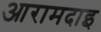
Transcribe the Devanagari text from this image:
आरामदाइ